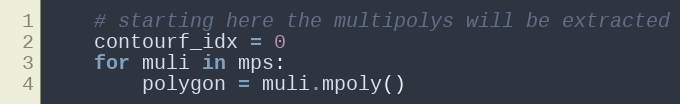
Language: Python
    # starting here the multipolys will be extracted
    contourf_idx = 0
    for muli in mps:
        polygon = muli.mpoly()